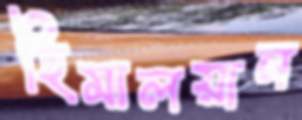
হিমালয়ান